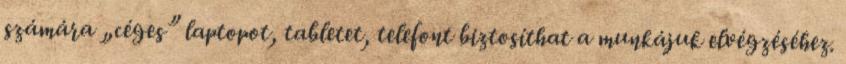
számára „céges” laptopot, tabletet, telefont biztosíthat a munkájuk elvégzéséhez.